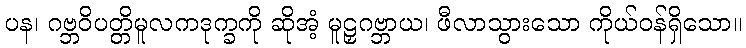
ပန၊ ဂဗ္ဘဝိပတ္တိမူလကဒုက္ခကို ဆိုအံ့ မူဠှဂဗ္ဘာယ၊ ဖီလာသွားသော ကိုယ်ဝန်ရှိသော။